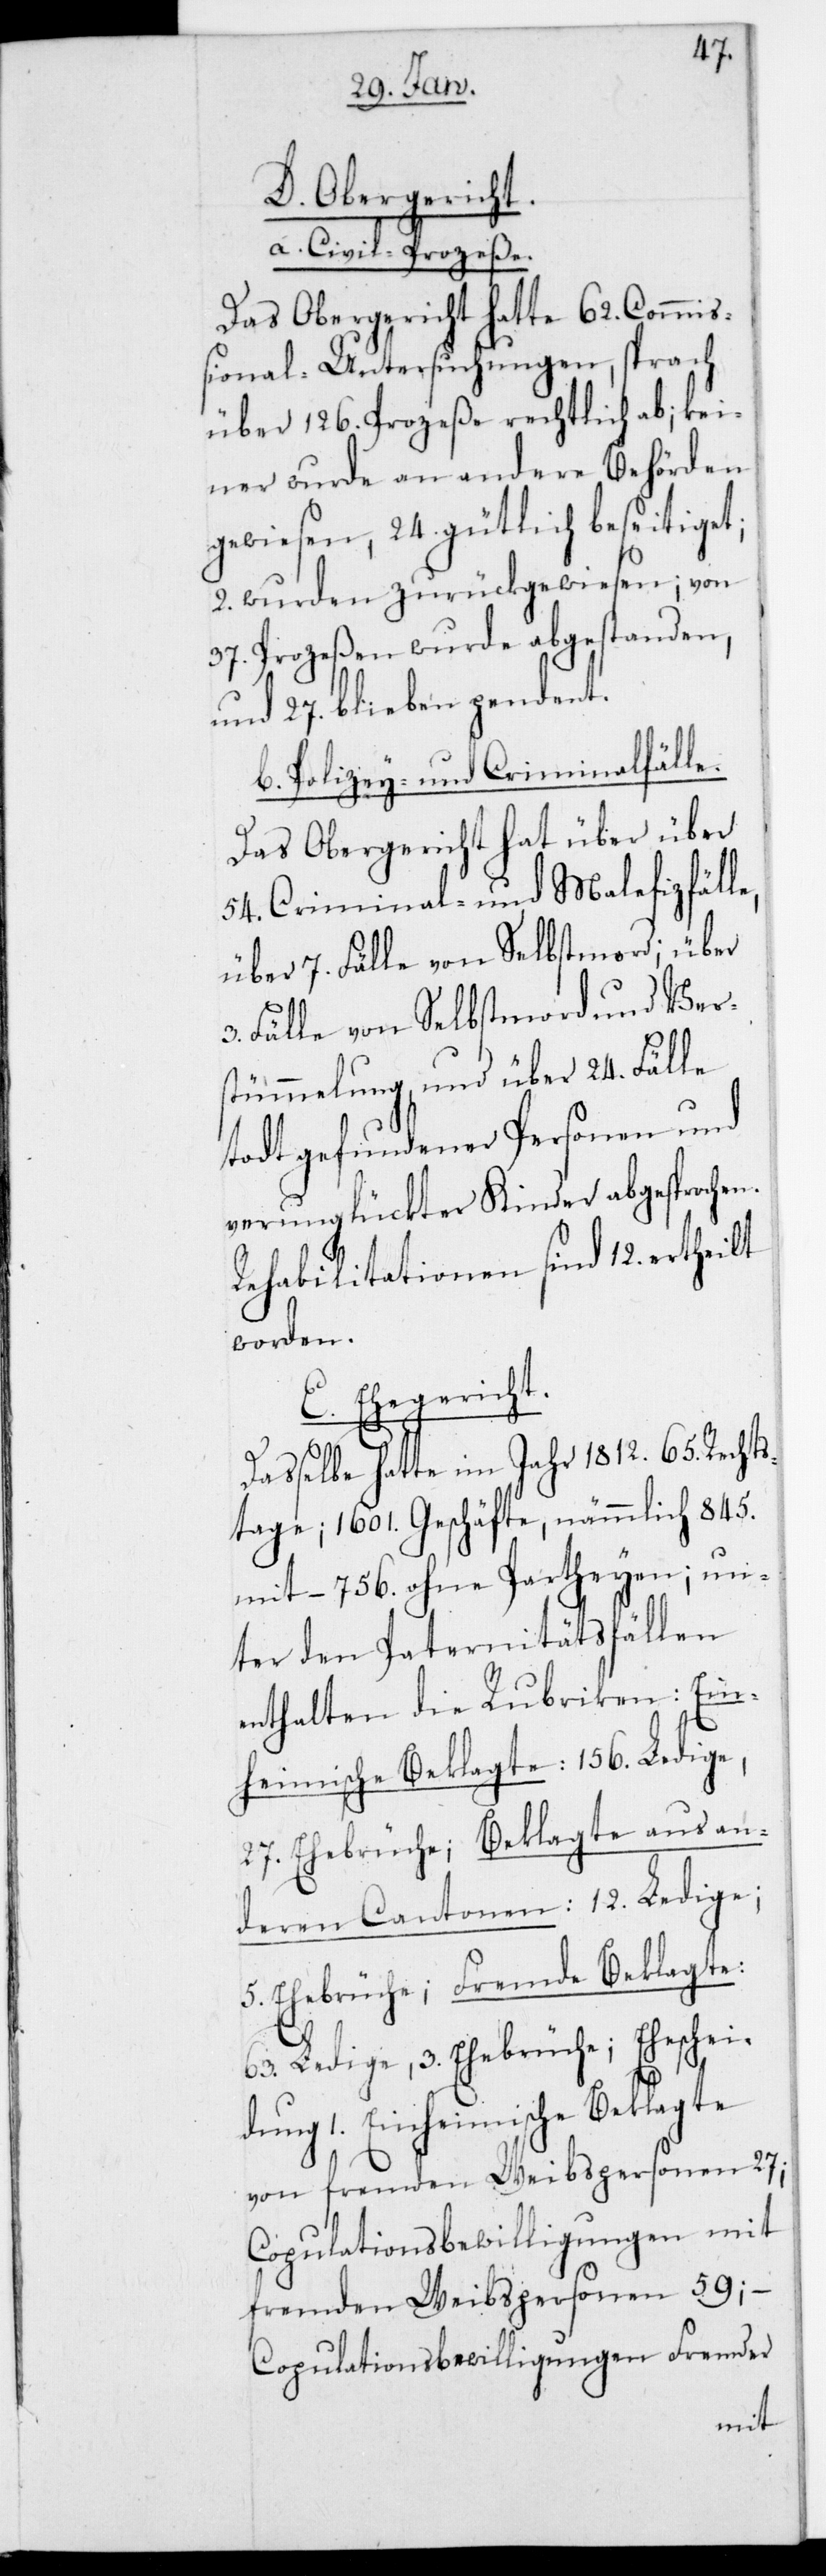
D. Obergericht.
a. Civil-Prozeße.
Das Obergericht hatte 62. Commi¬
ßional-Untersuchungen, sprach
über 126. Prozeße rechtlich ab, kei¬
ner wurde an andere Behörden
gewiesen, 24. gütlich beseitiget,
2. wurden zurückgewiesen; von
37. Prozeßen wurde abgestanden
und 27. blieben pendent.
b. Polizey- und Criminalfälle.
Das Obergericht hat über
54. Criminal- und Malefizfäll¬
über 7. Fälle von Selbstmord; über
3. Fälle von Selbstmord und Vers¬
tümmelung und über 24. Fälle
todt gefundener Personen und
verunglückter Kinder abgesprochen.
Rehabilitationen sind 12. ertheilt
worden.
E. Ehegericht.
e,
Dasselbe hatte im Jahr 1812. 65. Rechts¬
tage; 1601. Geschäfte, nämmlich 845.
mit, 756. ohne Partheyen; un¬
ter den Paternitätsfällen
enthalten die Rubriken: Ein¬
heimische Beklagte: 156. Ledige,
27. Ehebrüche; Beklagte aus an¬
deren Cantonen: 12. Ledige;
5. Ehebrüche; Fremde Beklagte:
63. Ledige, 3. Ehebrüche; Eheschei¬
dung 1. Einheimische Beklagte
von fremden Weibspersonen 27;
Copulationsbewilligungen mit
fremden Weibspersonen 59;
Copulationsbewilligungen Fremder
mit